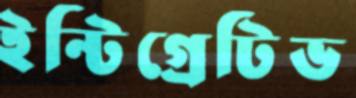
ইন্টিগ্রেটিভ